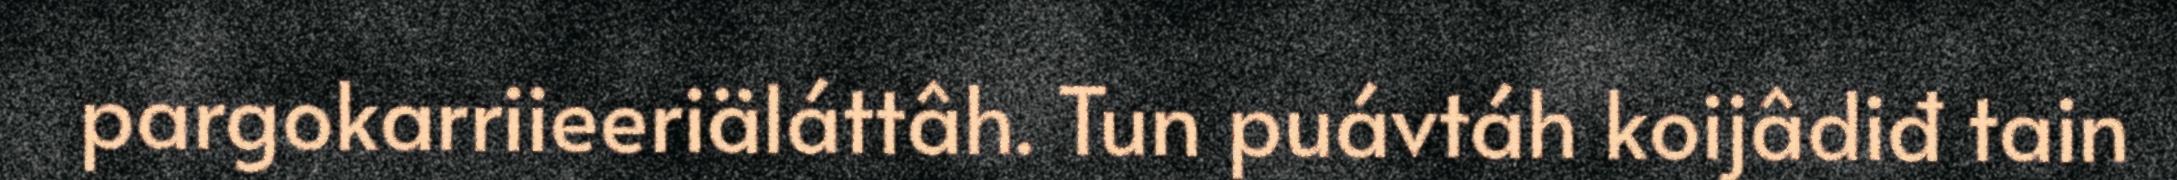
pargokarriieeriäláttâh. Tun puávtáh koijâdiđ tain